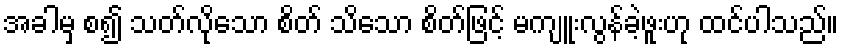
အခါမှ စ၍ သတ်လိုသော စိတ် သိသော စိတ်ဖြင့် မကျူးလွန်ခဲ့ဖူးဟု ထင်ပါသည်။